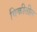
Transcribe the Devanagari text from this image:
विकीतील